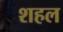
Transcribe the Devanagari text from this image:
शहल